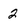
Character: 2